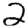
Digit: 2